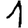
Digit: 1